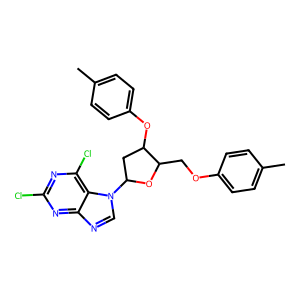
SMILES: Cc1ccc(OCC2OC(n3cnc4nc(Cl)nc(Cl)c43)CC2Oc2ccc(C)cc2)cc1
Inhibits HIV replication: No